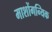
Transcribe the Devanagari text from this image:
माशोंगन्यिक